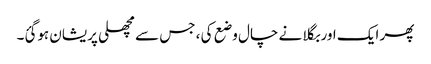
پھر ایک اور بگلا نے چال وضع کی ، جس سے مچھلی پریشان ہوگئ۔